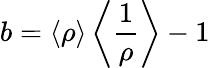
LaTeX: b=\left<\rho\right>\left<{\frac{1}{\rho}}\right>-1